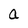
Character: a